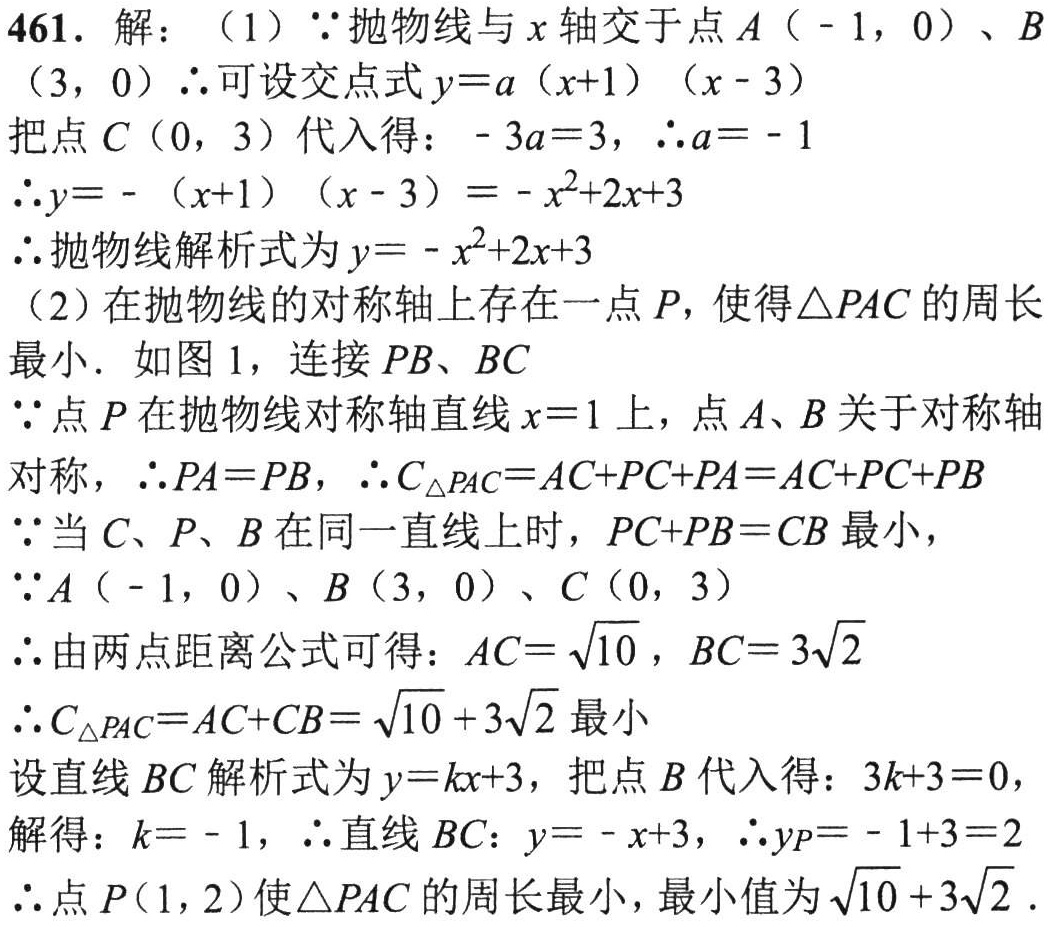
461. 解：
（1）\(\because\)抛物线与\(x\)轴交于点\(A(-1,0)\)、\(B(3,0)\) \(\therefore\)可设交点式\(y = a(x + 1)(x - 3)\)
把点\(C(0,3)\)代入得：\(-3a = 3\)，\(\therefore a=-1\)
\(\therefore y=-(x + 1)(x - 3)=-x^{2}+2x + 3\)
\(\therefore\)抛物线解析式为\(y=-x^{2}+2x + 3\)
（2）在抛物线的对称轴上存在一点\(P\)，使得\(\triangle PAC\)的周长最小. 如图1，连接\(PB\)、\(BC\)
\(\because\)点\(P\)在抛物线对称轴直线\(x = 1\)上，点\(A\)、\(B\)关于对称轴对称，\(\therefore PA = PB\)，\(\therefore C_{\triangle PAC}=AC + PC+PA=AC + PC + PB\)
\(\because\)当\(C\)、\(P\)、\(B\)在同一直线上时，\(PC + PB = CB\)最小，
\(\because A(-1,0)\)、\(B(3,0)\)、\(C(0,3)\)
\(\therefore\)由两点距离公式可得：\(AC=\sqrt{10}\)，\(BC = 3\sqrt{2}\)
\(\therefore C_{\triangle PAC}=AC + CB=\sqrt{10}+3\sqrt{2}\)最小
设直线\(BC\)解析式为\(y = kx + 3\)，把点\(B\)代入得：\(3k + 3 = 0\)，
解得：\(k=-1\)，\(\therefore\)直线\(BC\)：\(y=-x + 3\)，\(\therefore y_{P}=-1 + 3 = 2\)
\(\therefore\)点\(P(1,2)\)使\(\triangle PAC\)的周长最小，最小值为\(\sqrt{10}+3\sqrt{2}\).